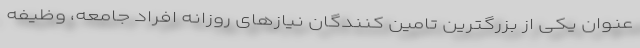
عنوان یکی از بزرگترین تامین کنندگان نیازهای روزانه افراد جامعه، وظیفه